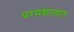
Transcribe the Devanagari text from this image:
धरमशालात